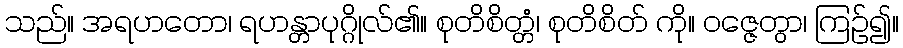
သည်။ အရဟတော၊ ရဟန္တာပုဂ္ဂိုလ်၏။ စုတိစိတ္တံ၊ စုတိစိတ် ကို။ ဝဇ္ဇေတွာ၊ ကြဉ်၍။